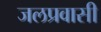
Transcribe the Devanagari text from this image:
जलप्रवासी